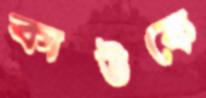
কাউকে